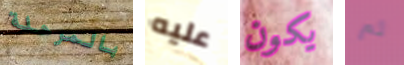
بالمرحلة عليه يكون ثم